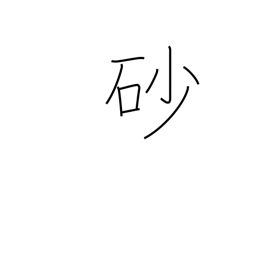
Meaning: sand